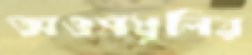
অওসধূলির